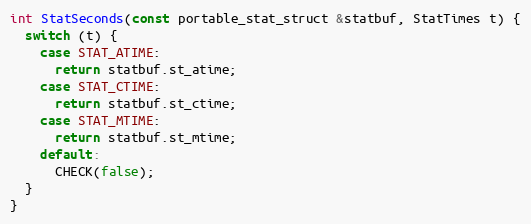
Language: C++
int StatSeconds(const portable_stat_struct &statbuf, StatTimes t) {
  switch (t) {
    case STAT_ATIME:
      return statbuf.st_atime;
    case STAT_CTIME:
      return statbuf.st_ctime;
    case STAT_MTIME:
      return statbuf.st_mtime;
    default:
      CHECK(false);
  }
}